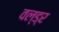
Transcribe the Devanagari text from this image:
वल्ड्र